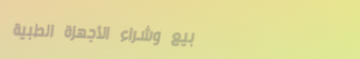
بيع وشراء الأجهزة الطبية